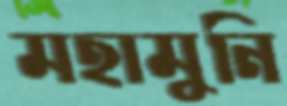
মহামুনি